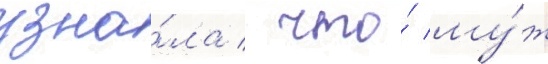
узна́ла / что́ му́ж